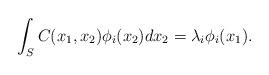
LaTeX: \begin{align*}\int_S C(x_1,x_2)\phi_i(x_2)dx_2 = \lambda_i \phi_i(x_1).\end{align*}